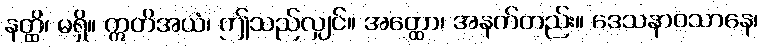
နတ္ထိ၊ မရှိ။ ဣတိအယံ၊ ဤသည်လျှင်။ အတ္ထော၊ အနက်တည်း။ ဒေသနာဝသာနေ၊